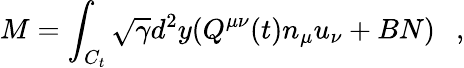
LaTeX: {M}=\int_{C_{t}}\sqrt{\gamma}d^{2}y(Q^{\mu\nu}(t)n_{\mu}u_{\nu}+BN)~~~,